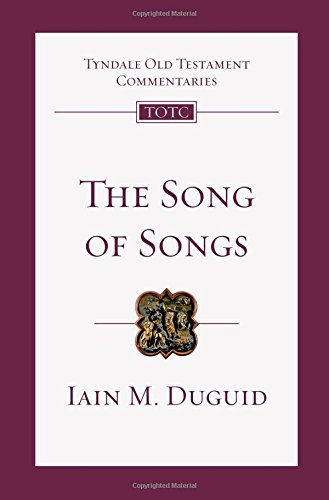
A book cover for The Song of Songs: An Introduction and Commentary (Tyndale Old Testament Commentaries); Iain M. Duguid; Christian Books & Bibles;